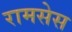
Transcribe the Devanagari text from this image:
रामसेस